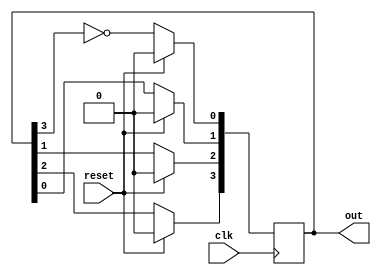

module johnson_counter( out,reset,clk);
input clk,reset;
output [3:0] out;

reg [3:0] q;

always @(posedge clk)
begin

if(reset)
 q=4'd0;
 else
 	begin 
 		q[3]<=q[2];
  		q[2]<=q[1];
  		q[1]<=q[0];
   		q[0]<=(~q[3]);
 	end
 end

assign out=q;  
endmodule


module johnson_counter_tb;
  reg clk,reset;
  wire [3:0] out;
  
  johnson_counter dut (.out(out), .reset(reset), .clk(clk));
  
  always 
    #5 clk =~clk;
  
  initial begin
    reset=1'b1; clk=1'b0;
   #20 reset= 1'b0;
  end
  
  initial 
    begin 
   	 $monitor( $time, " clk=%b, out= %b, reset=%b", clk,out,reset);
  	 #105  $stop;  
   end
 
endmodule